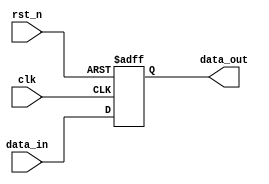
module fallback_bypass_register (
    input wire clk,
    input wire rst_n,
    input wire [7:0] data_in,
    output reg [7:0] data_out
);

reg [7:0] fallback_data;

always @(posedge clk or negedge rst_n) begin
    if (~rst_n) begin
        fallback_data <= 8'b0;
    end else begin
        fallback_data <= data_in;
    end
end

always @* begin
    data_out = fallback_data;
end

endmodule